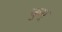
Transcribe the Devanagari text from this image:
कुप्